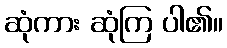
ဆုံကား ဆုံကြ ပါ၏။